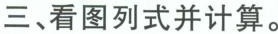
三、看图列式并计算。